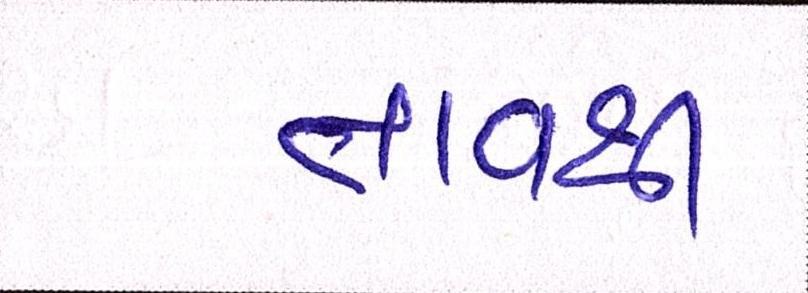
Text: તાવથી